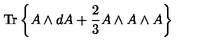
{ \mathrm { T r } } \left\{ A \wedge d A + \frac { 2 } { 3 } A \wedge A \wedge A \right\}